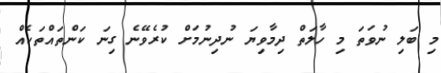
މި ބަލި ނުވަތަ މި ހާލަތް ދިމާވިޔަ ނުދިނުމަށް ކުރެވޭނެ ގިނަ ކަންތައްތަކެއް